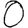
Digit: 0